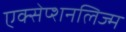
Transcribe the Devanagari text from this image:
एक्सेप्शनलिज्म